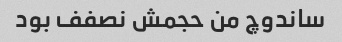
ساندوچ من حجمش نصفف بود